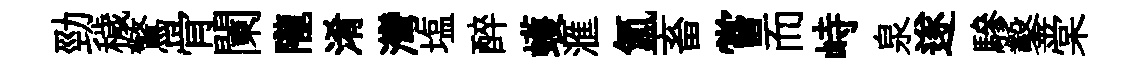
勁穢驚骨闌隴淆灣塩醉蠖滙氳畜嘗而峙泉遂驂鑿棠